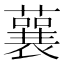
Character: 𧁁